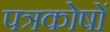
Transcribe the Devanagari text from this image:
पत्रकोषों